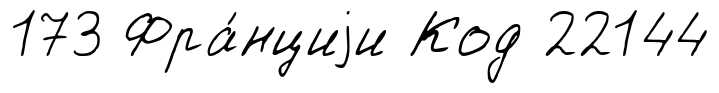
173 Фра́нциjи Код 22144